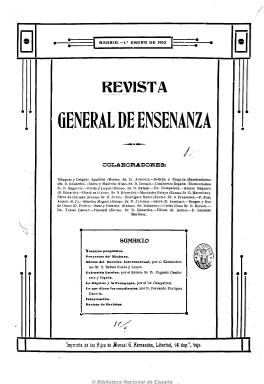
Título: Revista general de enseñanza
Colección: Educación
Ámbito geográfico: Madrid
Lugar de publicación: Madrid
Fechas: 01/01/1910-15/12/1910

Publicación dedicada a la enseñanza en general, desde la primaria hasta la superior, que contiene artículos de pedagogía, información oficial y general, revista de revistas españolas y extranjeras, bibliografía, oposiciones y concursos, legislación y jurisprudencia y vida cultural. Entre sus numerosos colaboradores aparecen Juan Pérez de Guzmán, Francisco Rodríguez Marín o Marcelino Méndez Pelayo, y en ella escriben otros catedráticos españoles, así como alumnos universitarios destacados. Dirigida también a los directores de las escuelas y colegios especiales, ofrece información sobre centros docentes públicos y privados, institutos de enseñanza media, universidades, presupuestos de enseñanza, higiene en centros rurales, arquitectura aplicada a las escuelas, proyectos educativos del ministerio de Instrucción Pública, reforma de la enseñanza, congresos y conferencias, así como de academias y centros científicos.

Comenzó a publicarse en enero de 1910 y un año después amplía el título a Revista general de enseñanza y bellas artes, al empezar a incluir también artículos e información sobre conservatorios de música y escuelas superiores de pintura, así como de teatros.

Estuvo publicándose hasta 1919 con periodicidad quincenal (los días 1 y 15 de cada mes) en números que van desde las 8 hasta las 16 páginas. Pocos números contienen alguna fotografía. Su director propietario fue Fidel Pérez Mínguez, que también es autor de numerosos textos de la revista.